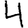
Digit: 4